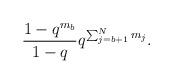
LaTeX: \begin{align*}\frac{1-q^{m_{b}}}{1-q}q^{\sum_{j=b+1}^{N}m_{j}}.\end{align*}